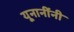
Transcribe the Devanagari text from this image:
यूनानींनी